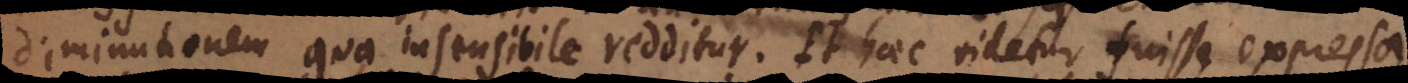
diminutionem qua insensibile redditur. Et haec videtur fuisse expressa